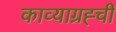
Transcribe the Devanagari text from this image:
काव्याग्रह्ची